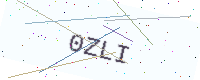
Text: 0ZLI